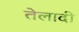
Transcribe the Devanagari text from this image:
तेलादी